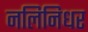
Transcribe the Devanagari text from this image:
नलिनिधर